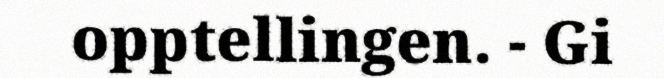
opptellingen. - Gi